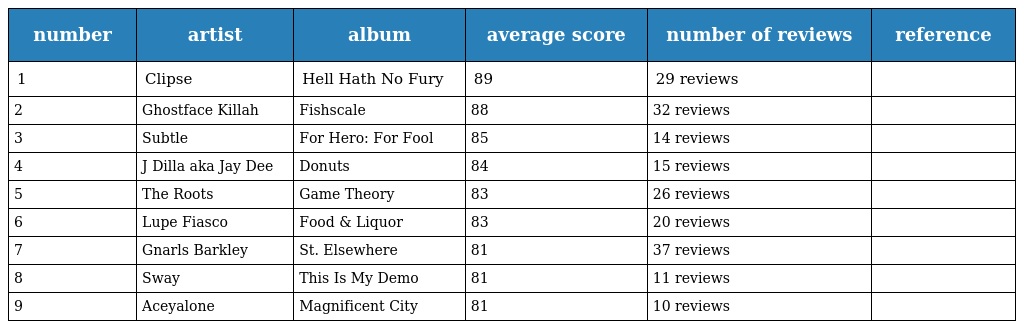
| number | artist | album | average score | number of reviews | reference |
 | --- | --- | --- | --- | --- | --- |
 | 1 | Clipse | Hell Hath No Fury | 89 | 29 reviews |  |
 | 2 | Ghostface Killah | Fishscale | 88 | 32 reviews |  |
 | 3 | Subtle | For Hero: For Fool | 85 | 14 reviews |  |
 | 4 | J Dilla aka Jay Dee | Donuts | 84 | 15 reviews |  |
 | 5 | The Roots | Game Theory | 83 | 26 reviews |  |
 | 6 | Lupe Fiasco | Food & Liquor | 83 | 20 reviews |  |
 | 7 | Gnarls Barkley | St. Elsewhere | 81 | 37 reviews |  |
 | 8 | Sway | This Is My Demo | 81 | 11 reviews |  |
 | 9 | Aceyalone | Magnificent City | 81 | 10 reviews |  |